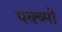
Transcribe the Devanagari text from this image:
पक्ष्मों